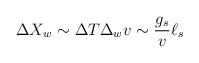
\begin{align*}\Delta X_w \sim \Delta T\Delta_w v \sim {g_s\over v}\ell_s\end{align*}